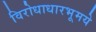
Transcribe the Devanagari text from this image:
विरोधाधारभूमये